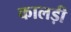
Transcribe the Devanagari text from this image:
कालड़ी